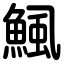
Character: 鯴